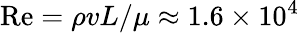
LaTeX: \mathrm{Re}=\rho vL/\mu\approx 1.6\times 10^{4}